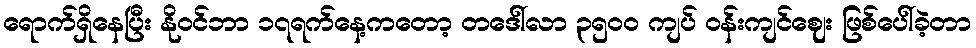
ရောက်ရှိနေပြီး နိုဝင်ဘာ ၁၇ရက်နေ့ကတော့ တဒေါ်လာ ၃၅၀၀ ကျပ် ဝန်းကျင်ဈေး ဖြစ်ပေါ်ခဲ့တာ